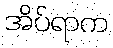
အိပ်ရာက